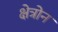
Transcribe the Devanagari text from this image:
क्षेत्रोन